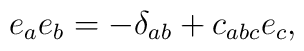
e_a e_b = -\delta_{ab} + c_{abc}e_c,